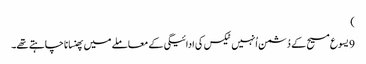
‏)‏
9 یسوع مسیح کے دُشمن اُنہیں ٹیکس کی ادائیگی کے معاملے میں پھنسانا چاہتے تھے۔